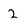
Character: 2